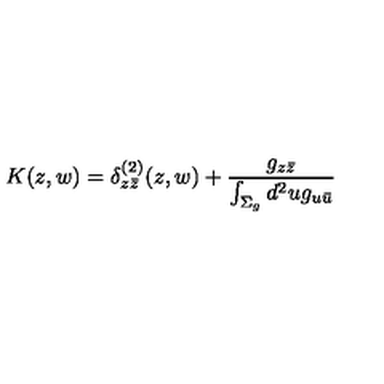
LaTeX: K ( z , w ) = \delta _ { z \bar { z } } ^ { ( 2 ) } ( z , w ) + { \frac { g _ { z \bar { z } } } { \int _ { \Sigma _ { g } } d ^ { 2 } u g _ { u \bar { u } } } }